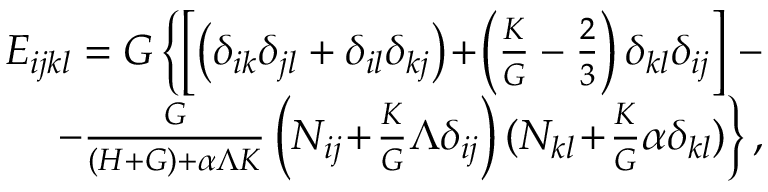
\begin{array} { r } { E _ { i j k l } = G \left\{ \left[ \left( \delta _ { i k } \delta _ { j l } + \delta _ { i l } \delta _ { k j } \right) \! + \! \left( \frac { K } { G } - \frac { 2 } { 3 } \right) \delta _ { k l } \delta _ { i j } \right] \right. - } \\ { \left. - \frac { G } { ( H + G ) + \alpha \Lambda K } \left( N _ { i j } \! + \! \frac { K } { G } \Lambda \delta _ { i j } \right) ( N _ { k l } \! + \! \frac { K } { G } \alpha \delta _ { k l } ) \right\} , } \end{array}